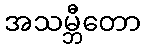
အသမ္ဘီတော